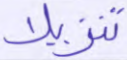
تنزيلا